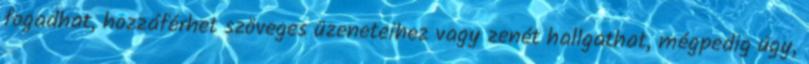
fogadhat, hozzáférhet szöveges üzeneteihez vagy zenét hallgathat, mégpedig úgy,